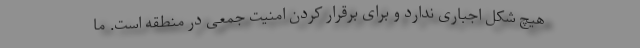
هیچ شکل اجباری ندارد و برای برقرار کردن امنیت جمعی در منطقه است. ما